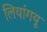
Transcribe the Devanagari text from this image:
लियांगयू